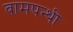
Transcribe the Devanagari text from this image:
बामपन्थी